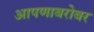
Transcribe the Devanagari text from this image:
आपणाबरोबर